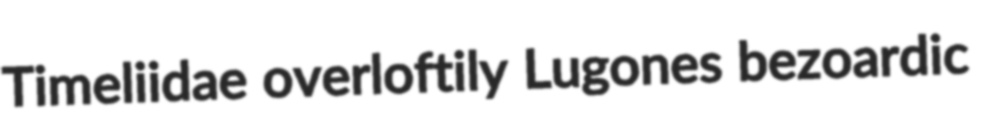
Timeliidae overloftily Lugones bezoardic